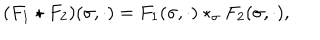
( F _ { 1 } \star F _ { 2 } ) ( \sigma , \cdot ) = F _ { 1 } ( \sigma , \cdot ) \star _ { \sigma } F _ { 2 } ( \sigma , \cdot ) ,